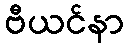
ဗီယင်နာ